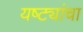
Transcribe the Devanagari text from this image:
यष्ट्यांचा